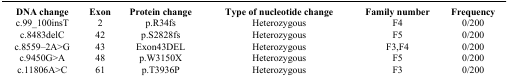
<table><thead><tr><td><b>DNA change</b></td><td><b>Exon</b></td><td><b>Protein change</b></td><td><b>Type of nucleotide change</b></td><td><b>Family number</b></td><td><b>Frequency</b></td></tr></thead><tbody><tr><td>c.99_100insT</td><td>2</td><td>p.R34fs</td><td>Heterozygous</td><td>F4</td><td>0/200</td></tr><tr><td>c.8483delC</td><td>42</td><td>p.S2828fs</td><td>Heterozygous</td><td>F5</td><td>0/200</td></tr><tr><td>c.8559–2A&gt;G</td><td>43</td><td>Exon43DEL</td><td>Heterozygous</td><td>F3,F4</td><td>0/200</td></tr><tr><td>c.9450G&gt;A</td><td>48</td><td>p.W3150X</td><td>Heterozygous</td><td>F5</td><td>0/200</td></tr><tr><td>c.11806A&gt;C</td><td>61</td><td>p.T3936P</td><td>Heterozygous</td><td>F3</td><td>0/200</td></tr></tbody></table>